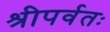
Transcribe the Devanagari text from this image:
श्रीपर्वतः